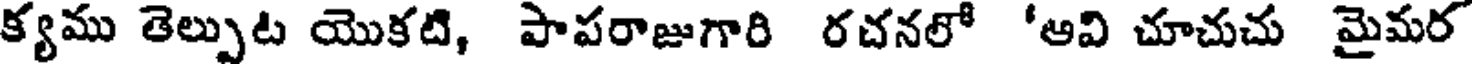
క్యము తెల్పుట యొకటి, పాపరాజుగారి రచనలో 'ఆవి చూచుచు మైమర